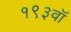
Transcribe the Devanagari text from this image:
१९३वॉ